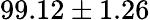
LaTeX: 99.12\pm 1.26